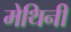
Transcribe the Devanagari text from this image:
मेथिनी